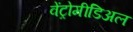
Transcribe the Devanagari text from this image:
वेंट्रोमीडिअल